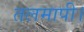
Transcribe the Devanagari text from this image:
तलमापी।